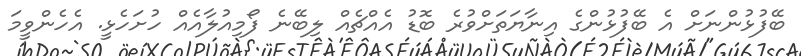
ބޭފުޅުންނަށް އެ ބޭފުޅުންގެ އިނާޔަތަށްވުރެ ބޮޑު އެއްޗެއް ލިބޭނެ ފޯމިއުލާއެއް ހުށަހެޅީ. އެހެންވީމަ